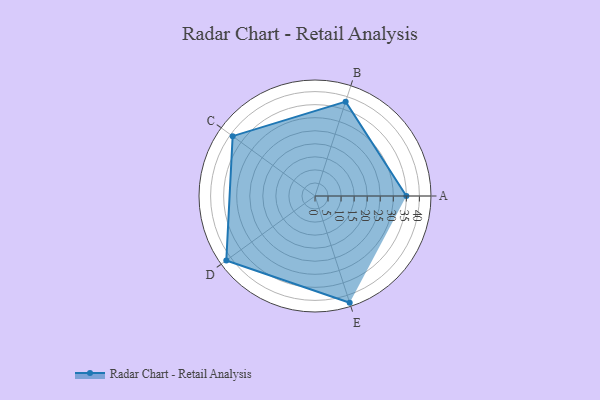
{"axis": {"x": "Skill", "y": "Score"}, "legend": ["Profile"], "data": [{"x": "A", "y": 35.0, "type": "Profile"}, {"x": "B", "y": 38.0, "type": "Profile"}, {"x": "C", "y": 39.0, "type": "Profile"}, {"x": "D", "y": 42.0, "type": "Profile"}, {"x": "E", "y": 43.0, "type": "Profile"}]}